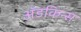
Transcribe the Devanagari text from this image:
अॅडकिन्स